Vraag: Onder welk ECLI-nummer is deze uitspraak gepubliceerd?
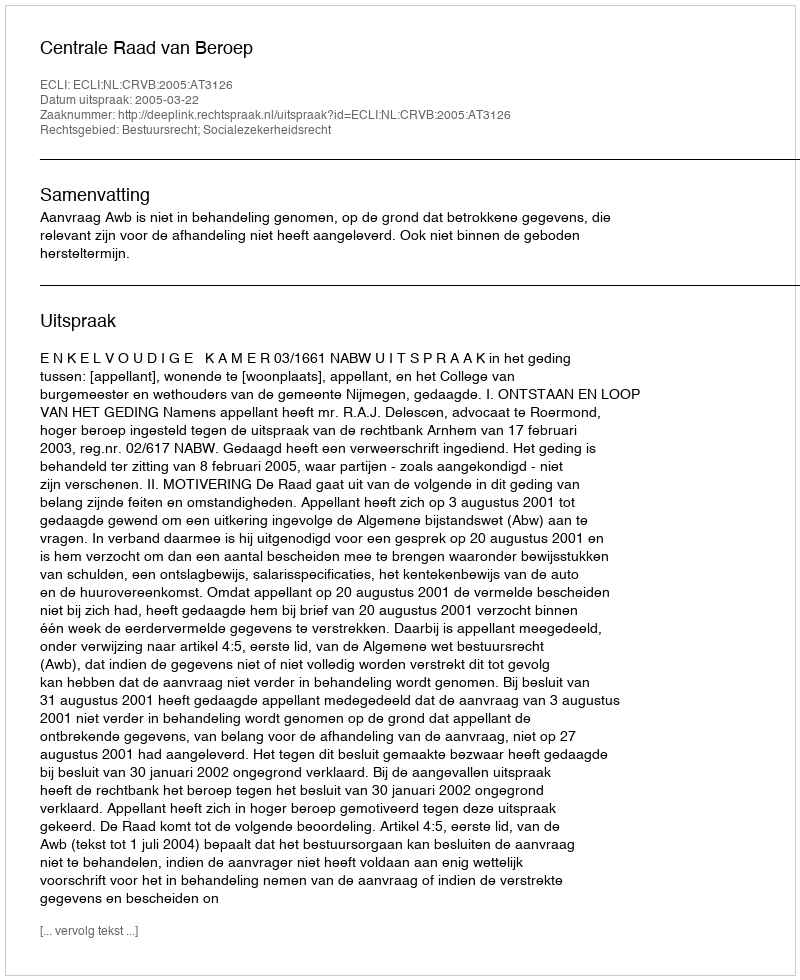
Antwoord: ECLI:NL:CRVB:2005:AT3126